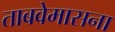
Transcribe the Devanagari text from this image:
ताबवेमासना